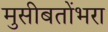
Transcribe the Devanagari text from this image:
मुसीबतोंभरा